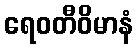
ရေဝတီဝိမာနံ